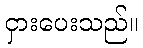
ငှားပေးသည်။